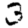
Digit: 3